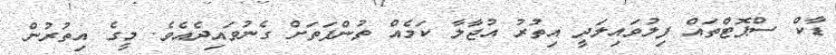
ޑާކް ސްޕޮޓްތައް ފިލުވައިލަދީ އިތުރު އުޖާލާ ކަމެއް ތުންފަތަށް ގެނުވައިދެއެވެ. މީގެ އިތުރުން